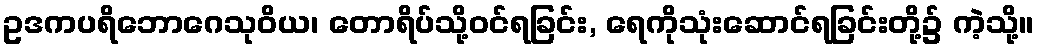
ဥဒကပရိဘောဂေသုဝိယ၊ တောရိပ်သို့ဝင်ရခြင်း, ရေကိုသုံးဆောင်ရခြင်းတို့၌ ကဲ့သို့။